Report on inoculation in the plague infected areas of the Punjab and its dependencies from October 1900 to September 1901
Year: 1900
Disease focus: Plague
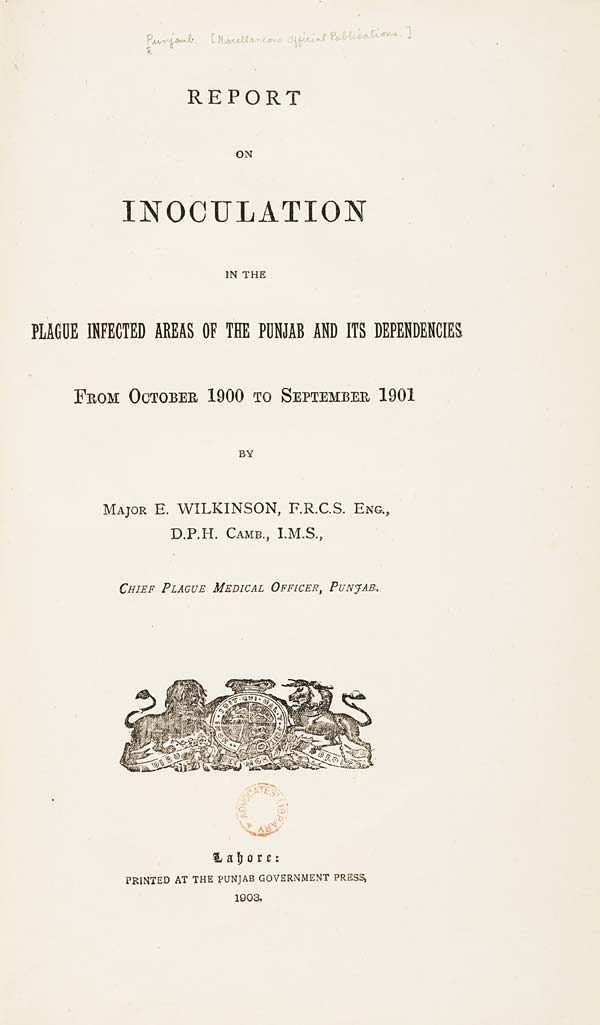
REPORT
ON
INOCULATION
IN THE
PLAGUE INFECTED AREAS OF THE PUNJAB AND ITS DEPENDENCIES
FROM OCTOBER 1900 TO SEPTEMBER 1901
BY
MAJOR E. WILKINSON, F.R.C.S. ENG.,
D.P.H. CAMB., I.M.S.,
CHIEF PLAGUE MEDICAL OFFICER, PUNJAB.
Lahore:
PRINTED AT THE PUNJAB GOVERNMENT PRESS,
1903.